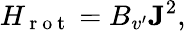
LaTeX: H_{\mathrm{~r~o~t~}}=B_{v^{\prime}}\mathbf{J}^{2},